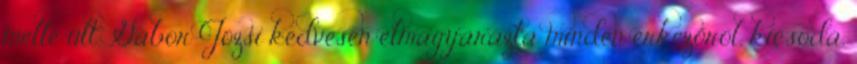
mellé ült. Gá­bor Józsi kedvesen elmagyarázta minden érkezőről, kicsoda,